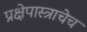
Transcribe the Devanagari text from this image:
प्रक्षेपास्त्राचेच